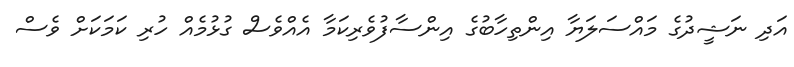
އަދި ނަޝީދުގެ މައްސަލަޔާ އިންތިހާބުގެ އިންސާފުވެރިކަމާ އެއްވެސް ގުޅުމެއް ހުރި ކަމަކަށް ވެސް